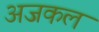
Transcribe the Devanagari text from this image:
अजकल